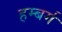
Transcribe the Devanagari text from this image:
हम्बर्ग